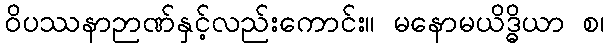
ဝိပဿနာဉာဏ်နှင့်လည်းကောင်း။ မနောမယိဒ္ဓိယာ စ၊